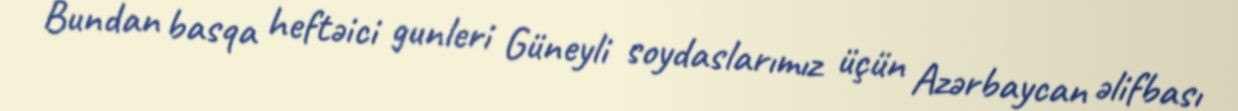
Bundan basqa heftəici gunleri Güneyli soydaslarımız üçün Azərbaycan əlifbası